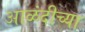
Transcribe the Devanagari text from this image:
आळंदीच्या